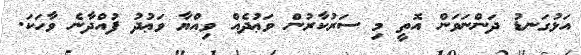
އަޅުގަނޑު ދަންނަވަން އޮތީ މި ސަރުކާރުން ވަޢުދެއް ވިއްޔާ ވަޢުދު ފުއްދާނެ ވާހަކަ.